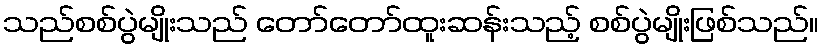
သည်စစ်ပွဲမျိုးသည် တော်တော်ထူးဆန်းသည့် စစ်ပွဲမျိုးဖြစ်သည်။